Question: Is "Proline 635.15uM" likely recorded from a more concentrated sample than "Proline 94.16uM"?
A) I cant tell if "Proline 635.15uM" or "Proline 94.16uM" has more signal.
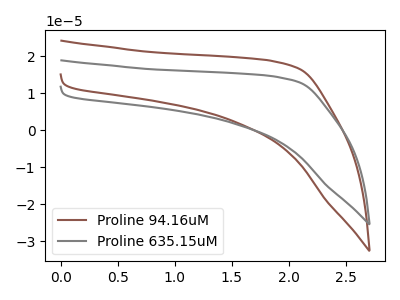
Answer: <think>The brown curve "Proline 94.16uM" has no peaks. The gray curve "Proline 635.15uM" has no peaks.
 Neither "Proline 635.15uM" or "Proline 94.16uM" have any peaks.</think>
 <answer>A) I cant tell if "Proline 635.15uM" or "Proline 94.16uM" has more signal.</answer>
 <eval>A</eval>